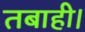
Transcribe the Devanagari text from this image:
तबाही।